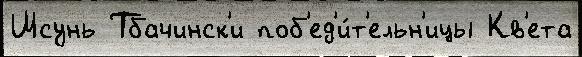
Шсунь Тбачинск'и поб'ед'и́т'ельн'ицы Кв'ета